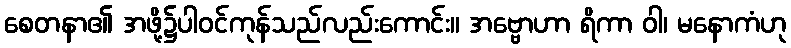
စေတနာ၏ အဖို့၌ပါဝင်ကုန်သည်လည်းကောင်း။ အဗ္ဗောဟာ ရိကာ ဝါ၊ မနောကံဟု